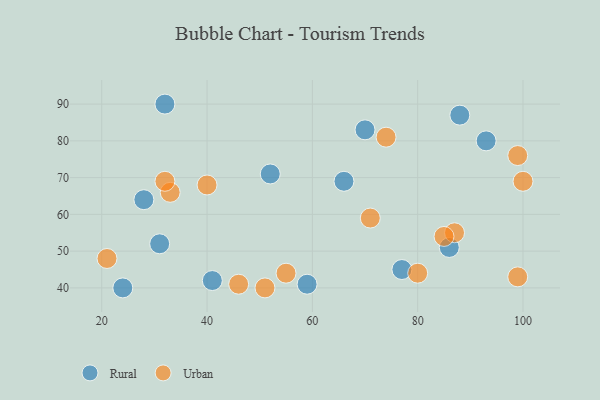
{"axis": {"x": "GDP", "y": "Life Expectancy"}, "legend": ["Rural", "Urban"], "data": [{"x": "24", "y": 40, "type": "Rural"}, {"x": "28", "y": 64, "type": "Rural"}, {"x": "52", "y": 71, "type": "Rural"}, {"x": "86", "y": 51, "type": "Rural"}, {"x": "93", "y": 80, "type": "Rural"}, {"x": "41", "y": 42, "type": "Rural"}, {"x": "77", "y": 45, "type": "Rural"}, {"x": "70", "y": 83, "type": "Rural"}, {"x": "66", "y": 69, "type": "Rural"}, {"x": "32", "y": 90, "type": "Rural"}, {"x": "88", "y": 87, "type": "Rural"}, {"x": "59", "y": 41, "type": "Rural"}, {"x": "31", "y": 52, "type": "Rural"}, {"x": "46", "y": 41, "type": "Urban"}, {"x": "40", "y": 68, "type": "Urban"}, {"x": "71", "y": 59, "type": "Urban"}, {"x": "74", "y": 81, "type": "Urban"}, {"x": "87", "y": 55, "type": "Urban"}, {"x": "51", "y": 40, "type": "Urban"}, {"x": "100", "y": 69, "type": "Urban"}, {"x": "33", "y": 66, "type": "Urban"}, {"x": "21", "y": 48, "type": "Urban"}, {"x": "99", "y": 76, "type": "Urban"}, {"x": "55", "y": 44, "type": "Urban"}, {"x": "99", "y": 43, "type": "Urban"}, {"x": "80", "y": 44, "type": "Urban"}, {"x": "32", "y": 69, "type": "Urban"}, {"x": "85", "y": 54, "type": "Urban"}]}